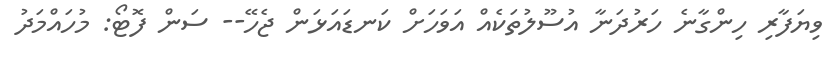
ވިޔަފާރި ހިންގާނެ ހަރުދަނާ އުސޫލުތަކެއް އަވަހަށް ކަނޑައަޅަން ޖެހޭ-- ސަން ފޮޓޯ: މުހައްމަދު